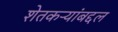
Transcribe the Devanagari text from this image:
शेतकऱ्यांबद्दल